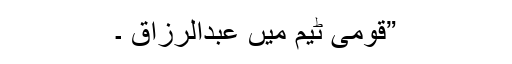
”قومی ٹیم میں عبدالرزاق ۔